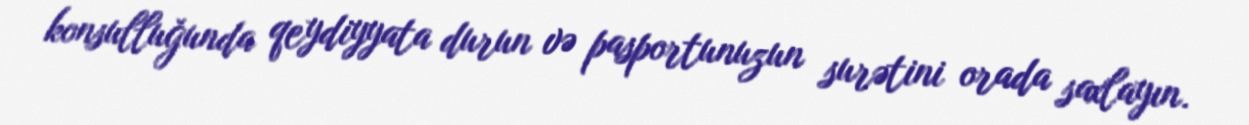
konsulluğunda qeydiyyata durun və pasportunuzun surətini orada saxlayın.